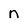
Character: n